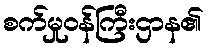
စက်မှုဝန်ကြီးဌာန၏